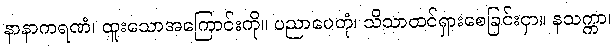
နာနာကရဏံ၊ ထူးသောအကြောင်းကို။ ပညာပေတုံ၊ သိသာထင်ရှားစေခြင်းငှာ။ နသက္ကာ၊